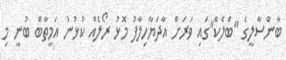
ބާންސާލީގެ "ބްލެކް"ގައި ވަރަށް އާދަޔާހިލާފު މޮޅު ރޯލެއް ކުޅުނު އަމީތާބް ބުނީ މި